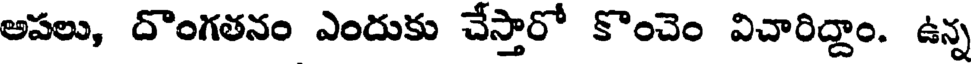
అపలు, దొంగతనం ఎందుకు చేస్తారో కొంచెం విచారిద్దాం. ఉన్న